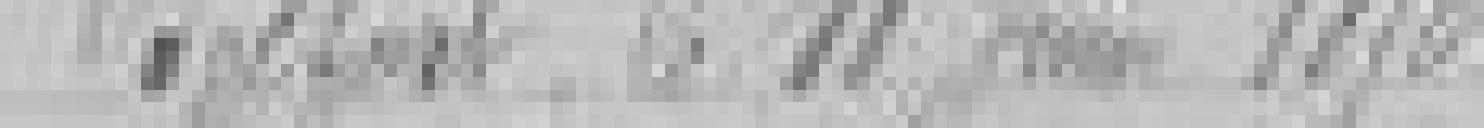
Belfort le 11 juin 1876